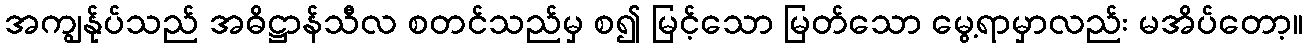
အကျွန်ုပ်သည် အဓိဋ္ဌာန်သီလ စတင်သည်မှ စ၍ မြင့်သော မြတ်သော မွေ့ရာမှာလည်း မအိပ်တော့။